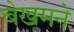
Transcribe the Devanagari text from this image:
बेखमने